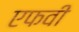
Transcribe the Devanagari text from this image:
एफवी